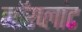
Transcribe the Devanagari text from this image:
नॉरप्लांट